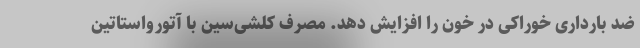
ضد بارداری خوراکی در خون را افزایش دهد. مصرف کلشی‌سین با آتورواستاتین